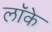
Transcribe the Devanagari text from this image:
लाॅके